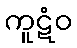
ကူဋံဝ